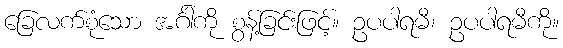
ခြေလက်စုံသော အင်္ဂါကို စွန့်ခြင်းဖြင့်။ ဥပပါရမီ၊ ဥပပါရမီကို။